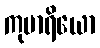
ကုမာရိယော